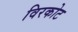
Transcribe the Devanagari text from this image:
विरकोट